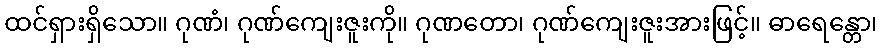
ထင်ရှားရှိသော။ ဂုဏံ၊ ဂုဏ်ကျေးဇူးကို။ ဂုဏတော၊ ဂုဏ်ကျေးဇူးအားဖြင့်။ ဓာရေန္တော၊